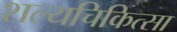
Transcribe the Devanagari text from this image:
शल्‍यचिकित्‍सा